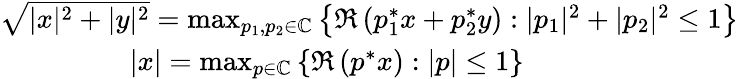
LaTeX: \begin{array}{c}{\sqrt{|x|^{2}+|y|^{2}}=\operatorname*{max}_{p_{1},p_{2}\in\mathbb C}\left\{ \Re\left(p_{1}^{*}x+p_{2}^{*}y\right):|p_{1}|^{2}+|p_{2}|^{2}\leq 1\right\} }\\ {|x|=\operatorname*{max}_{p\in\mathbb C}\left\{ \Re\left(p^{*}x\right):|p|\leq 1\right\} ~~~~~~~~~~~~}\end{array}